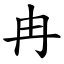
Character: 冉